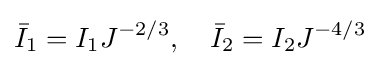
{\bar {I}}_{1}=I_{1}J^{-2/3},~~~{\bar {I}}_{2}=I_{2}J^{-4/3}